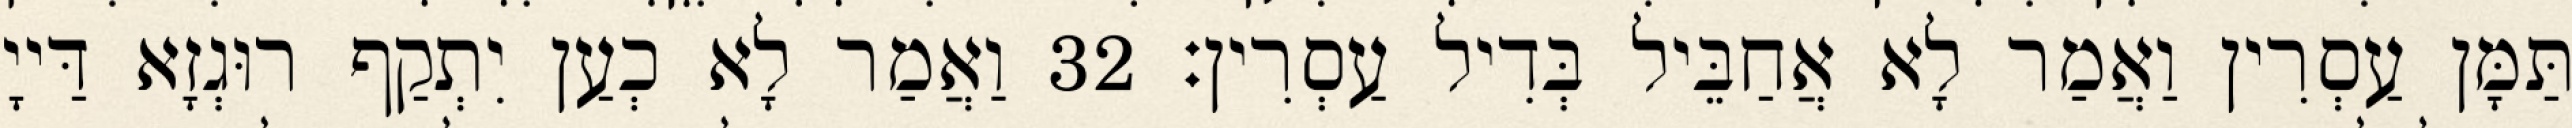
תַּמָּן עַסְרִין וַאֲמַר לָא אֲחַבֵּיל בְּדִיל עַסְרִין׃ 32 וַאֲמַר לָא כְעַן יִתְקַף רוּגְזָא דַּייָ